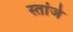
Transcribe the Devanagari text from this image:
स्तांजे